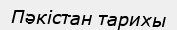
Пәкістан тарихы